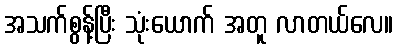
အသက်စွန့်ပြီး သုံးယောက် အတူ လာတယ်လေ။